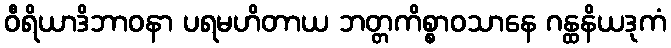
ဝီရိယာဒိဘာဝနာ ပရမဟိတာယ ဘတ္တကိစ္စာဝသာနေ ဂန္ထနိယဒုကံ